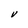
Character: V